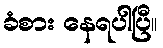
ခံစား နေရပါပြီ။